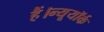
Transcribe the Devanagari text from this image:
हैं।न्यूयॉर्क